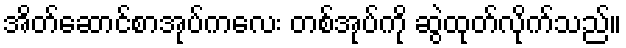
အိတ်ဆောင်စာအုပ်ကလေး တစ်အုပ်ကို ဆွဲထုတ်လိုက်သည်။